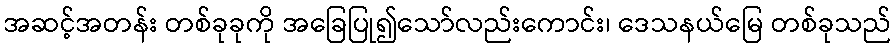
အဆင့်အတန်း တစ်ခုခုကို အခြေပြု၍သော်လည်းကောင်း၊ ဒေသနယ်မြေ တစ်ခုသည်